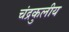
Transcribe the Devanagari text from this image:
चंद्रकुलीय